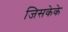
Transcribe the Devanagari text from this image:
जिसकेके